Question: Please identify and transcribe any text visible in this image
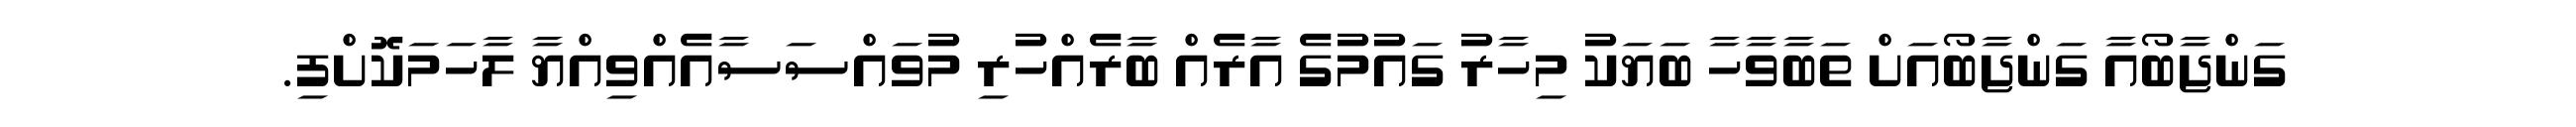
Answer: ގަންޖާބޯއާ ގަންޖާބޯއަށް ތަބާވާހާ ބަޔަކު މިހާރު ގައުމުގެ އާރެއް ބާރެއްހުރި މުވައްސަސާއެއްވިއްޔާ ލާހަމަކޮށްފި.